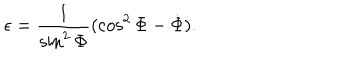
LaTeX: \epsilon = \frac { 1 } { \sin ^ { 2 } \Phi } ( \cos ^ { 2 } \Phi - \dot { \Phi } ) .